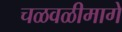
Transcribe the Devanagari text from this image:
चळवळीमागे